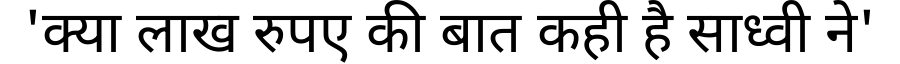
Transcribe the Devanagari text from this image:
'क्या लाख रुपए की बात कही है साध्वी ने'